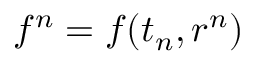
f ^ { n } = f ( t _ { n } , r ^ { n } )